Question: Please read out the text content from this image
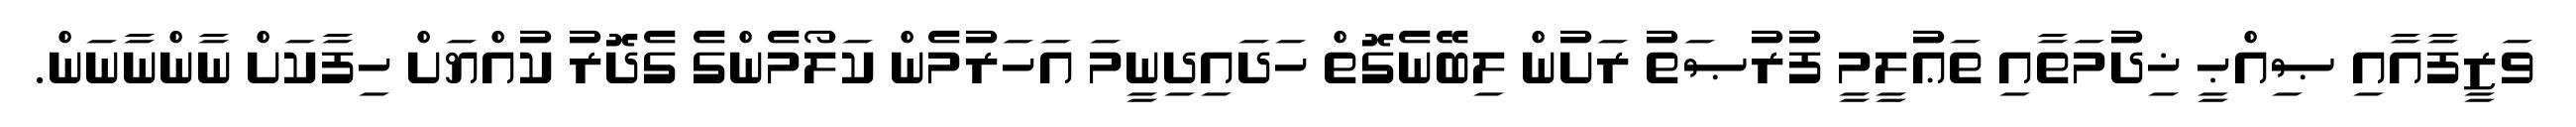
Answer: ވަޒީފާއާއި ޞިއްޙީ ޚިދުމަތާއި ތަޢުލީމީ ފުރުޞަތު ރަށުން ލިބޭނެގޮތް ހަދައިދިނީމަ އަހަރުމެން ކަލޯމެންގެ ގެދޮރު ކުއްޔަށް ހިފާކަށް ނާންނާނަން.